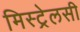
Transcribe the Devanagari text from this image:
मिस्ट्रेलसी